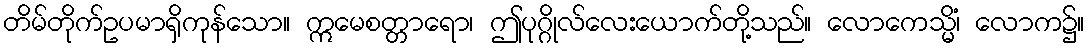
တိမ်တိုက်ဥပမာရှိကုန်သော။ ဣမေစတ္တာရော၊ ဤပုဂ္ဂိုလ်လေးယောက်တို့သည်။ လောကေသ္မိံ၊ လောက၌။